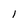
Character: I